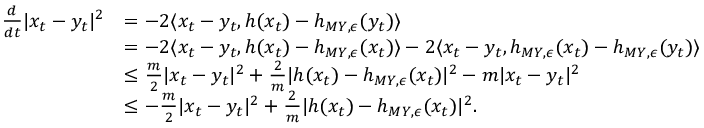
\begin{array} { r l } { \frac { d } { d t } | x _ { t } - y _ { t } | ^ { 2 } } & { = - 2 \langle x _ { t } - y _ { t } , h ( x _ { t } ) - h _ { M Y , \epsilon } ( y _ { t } ) \rangle } \\ & { = - 2 \langle x _ { t } - y _ { t } , h ( x _ { t } ) - h _ { M Y , \epsilon } ( x _ { t } ) \rangle - 2 \langle x _ { t } - y _ { t } , h _ { M Y , \epsilon } ( x _ { t } ) - h _ { M Y , \epsilon } ( y _ { t } ) \rangle } \\ & { \leq \frac { m } { 2 } | x _ { t } - y _ { t } | ^ { 2 } + \frac { 2 } { m } | h ( x _ { t } ) - h _ { M Y , \epsilon } ( x _ { t } ) | ^ { 2 } - m | x _ { t } - y _ { t } | ^ { 2 } } \\ & { \leq - \frac { m } { 2 } | x _ { t } - y _ { t } | ^ { 2 } + \frac { 2 } { m } | h ( x _ { t } ) - h _ { M Y , \epsilon } ( x _ { t } ) | ^ { 2 } . } \end{array}